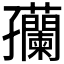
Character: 𫲴